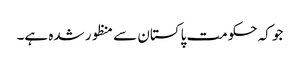
جو کہ حکومت پاکستان سے منظور شدہ ہے۔